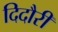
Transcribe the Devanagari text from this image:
दिदौरी